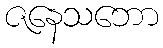
ဇနေသဘော